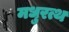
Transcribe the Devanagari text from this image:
मधुरत्थ